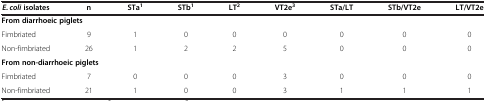
<table><thead><tr><td><b><i>E. coli </i>isolates</b></td><td><b>n</b></td><td><b>STa<sup>1</sup></b></td><td><b>STb<sup>1</sup></b></td><td><b>LT<sup>2</sup></b></td><td><b>VT2e<sup>3</sup></b></td><td><b>STa/LT</b></td><td><b>STb/VT2e</b></td><td><b>LT/VT2e</b></td></tr></thead><tbody><tr><td colspan="9"><b>From diarrhoeic piglets</b></td></tr><tr><td>Fimbriated</td><td>9</td><td>1</td><td>0</td><td>0</td><td>0</td><td>0</td><td>0</td><td>0</td></tr><tr><td>Non-fimbriated</td><td>26</td><td>1</td><td>2</td><td>2</td><td>5</td><td>0</td><td>0</td><td>0</td></tr><tr><td colspan="9"><b>From non-diarrhoeic piglets</b></td></tr><tr><td>Fimbriated</td><td>7</td><td>0</td><td>0</td><td>0</td><td>3</td><td>0</td><td>0</td><td>0</td></tr><tr><td>Non-fimbriated</td><td>21</td><td>1</td><td>0</td><td>0</td><td>3</td><td>1</td><td>1</td><td>1</td></tr></tbody></table>